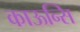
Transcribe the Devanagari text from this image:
काऊन्सि